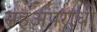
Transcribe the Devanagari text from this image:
सहअपराधी